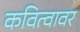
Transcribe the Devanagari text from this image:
कवित्वावर